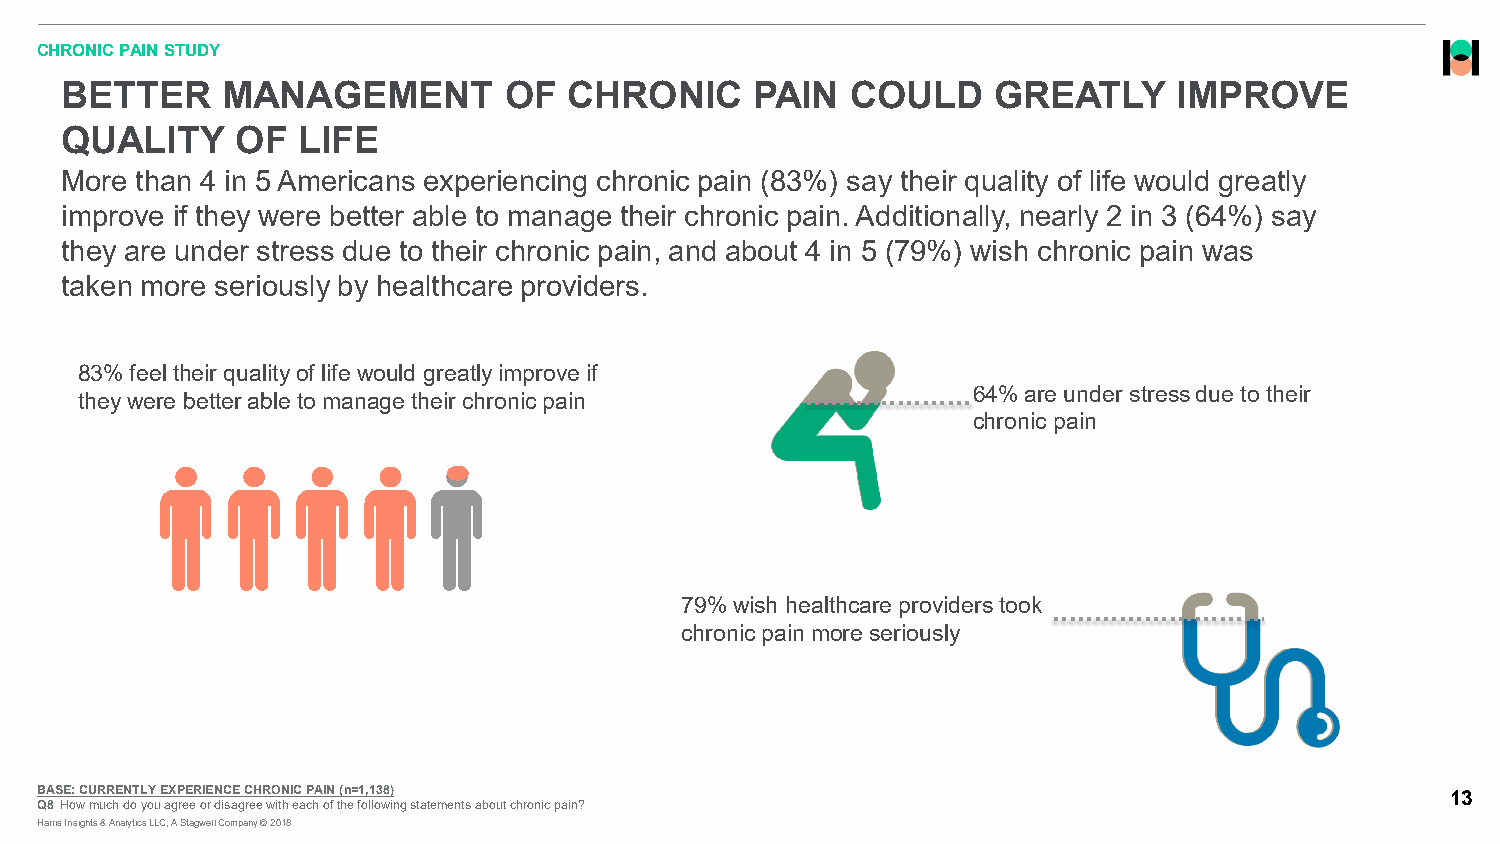
CHRONIC PAIN STUDY
 BETTER     MANAGEMENT        OF   CHRONIC     PAIN  COULD     GREATLY     IMPROVE
 QUALITY     OF  LIFE
 More than 4 in 5 Americans experiencing chronic pain (83%) say their quality of life would greatly
 improve if they were better able to manage their chronic pain. Additionally, nearly 2 in 3 (64%) say
 they are under stress due to their chronic pain, and about 4 in 5 (79%) wish chronic pain was
 taken more seriously by healthcare providers.
 83% feel their quality of life would greatly improve if
 64% are under stress due to their
 they were better able to manage their chronic pain
 chronic pain
 79% wish healthcare providers took
 chronic pain more seriously
 BASE: CURRENTLY EXPERIENCE CHRONIC PAIN (n=1,138)                                             13
 Q8 How much do you agree or disagree with each of the following statements about chronic pain?
 Harris Insights & Analytics LLC, A Stagwell Company © 2018